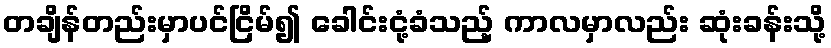
တချိန်တည်းမှာပင်ငြိမ်၍ ခေါင်းငုံ့ခံသည့် ကာလမှာလည်း ဆုံးခန်းသို့